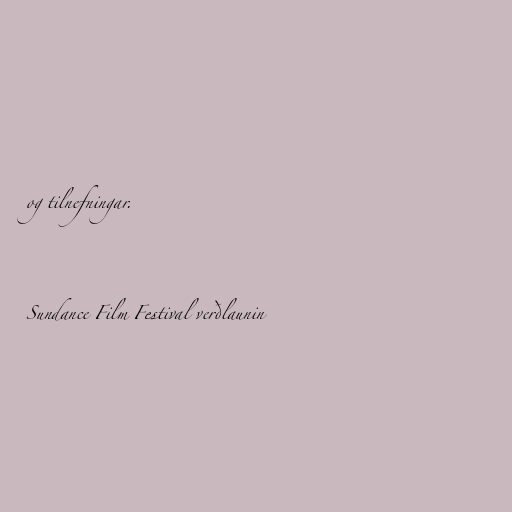
og tilnefningar.

Sundance Film Festival verðlaunin